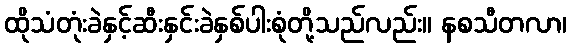
ထိုသံတုံးခဲနှင့်ဆီးနှင်းခဲနှစ်ပါးစုံတို့သည်လည်း။ နစသီတလာ၊